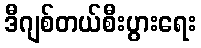
ဒီဂျစ်တယ်စီးပွားရေး